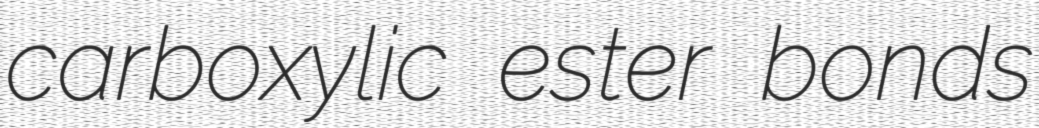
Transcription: carboxylic ester bonds